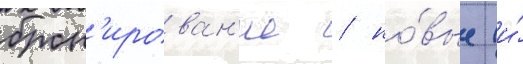
брон'ирован'ие / но́вые (и́